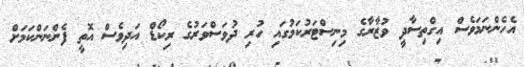
އެހެންނަމަވެސް އިގްތިސާދީ ވުޒާރާގެ މިނިސްޓަރުކަމުގައި ހުރި ދުވަސްވަރުގެ ރިކޯޑް އަދިވެސް އޮތީ ފެންނަންކަމަށް